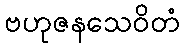
ဗဟုဇနသေဝိတံ